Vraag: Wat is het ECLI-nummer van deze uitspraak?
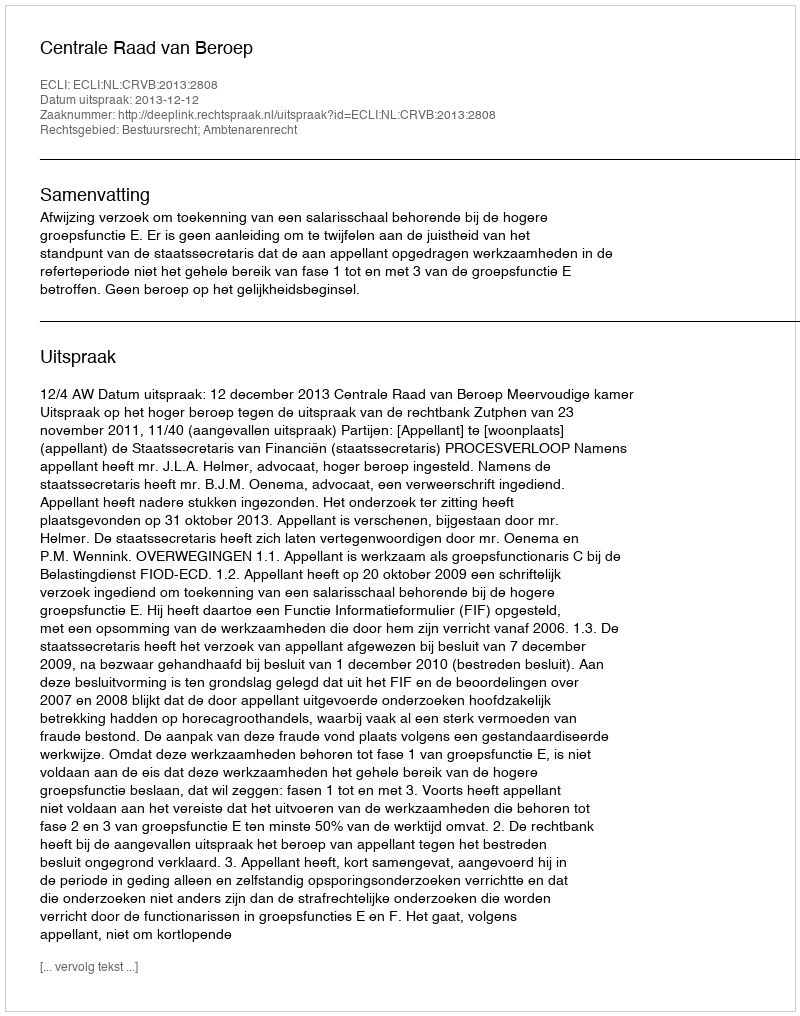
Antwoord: ECLI:NL:CRVB:2013:2808